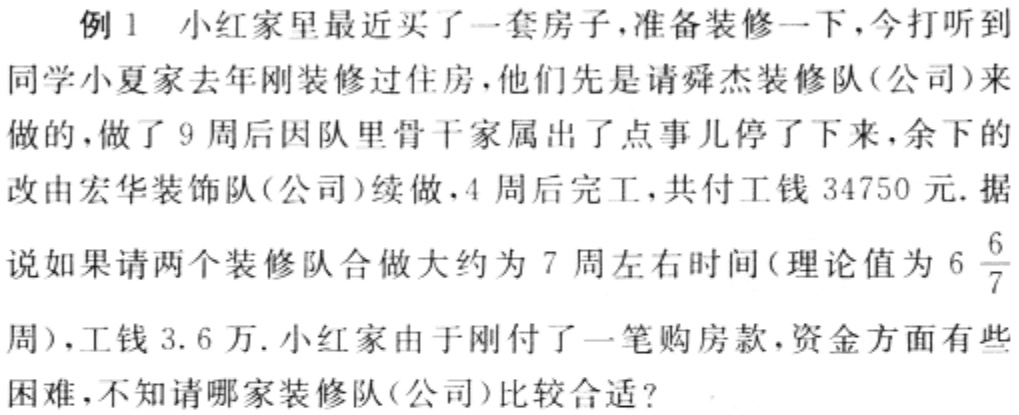
例1 小红家里最近买了一套房子，准备装修一下，今打听到同学小夏家去年刚装修过住房，他们先是请舜杰装修队(公司)来做的，做了9周后因队里骨干家属出了点事儿停了下来，余下的改由宏华装饰队(公司)续做，4周后完工，共付工钱34750元. 据说如果请两个装修队合做大约为7周左右时间(理论值为$6\frac{6}{7}$周)，工钱3.6万. 小红家由于刚付了一笔购房款，资金方面有些困难，不知请哪家装修队(公司)比较合适?